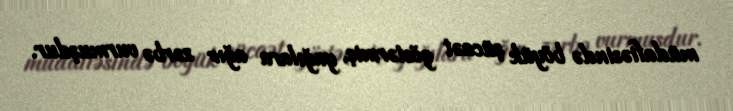
müdafiəsində böyük şücaət göstərmiş, yağılara ağır zərbə vurmuşdur.